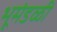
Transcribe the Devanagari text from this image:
भूमंडळीं